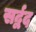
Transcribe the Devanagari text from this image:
सर्द्वद